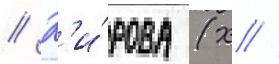
// К'и́рова (х //